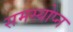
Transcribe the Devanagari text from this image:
समस्योप्न